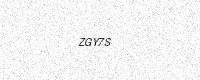
Text: ZGY7S